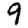
Digit: 9